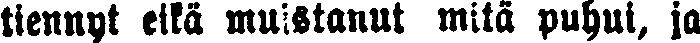
tiennyt eikä muistanut mitä puhui, ja